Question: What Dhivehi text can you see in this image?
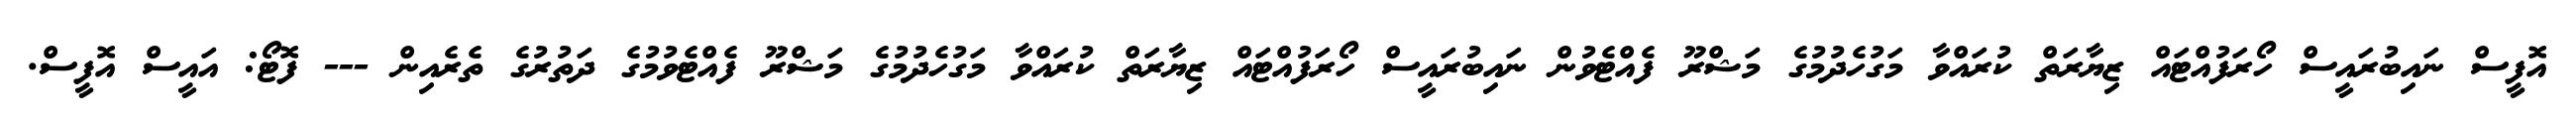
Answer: އޮފީސް ނައިބުރައީސް ހޯރަފުއްޓައް ޒިޔާރަތް ކުރައްވާ މަގުހެދުމުގެ މަޝްރޫ ފެއްޓެވުން ނައިބުރައީސް ހޯރަފުއްޓައް ޒިޔާރަތް ކުރައްވާ މަގުހެދުމުގެ މަޝްރޫ ފެއްޓެވުމުގެ ދަތުރުގެ ތެރެއިން --- ފޮޓޯ: އައީސް އޮފީސް.